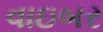
વાઇબર